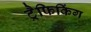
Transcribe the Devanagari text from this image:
ट्रैफिकिंग